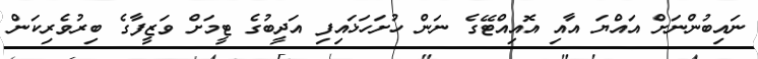
ނައިބުންނަށް އައްޔަ އާއި އޮއިއްޓޭގެ ނަން ހުށަހަޅައިފި އަދީބުގެ ޓީމަށް ވަޒީފާގެ ބިރުވެރިކަން